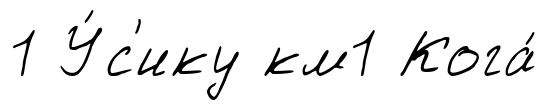
1 У́с'ику км1 Кога́